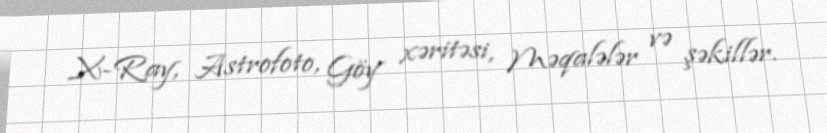
X-Ray, Astrofoto, Göy xəritəsi, Məqalələr və şəkillər.